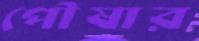
পৌষার